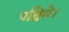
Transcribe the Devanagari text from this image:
पश्चिमे।